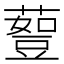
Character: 𰲇